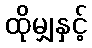
ထိုမျှနှင့်